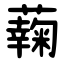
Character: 䕮